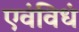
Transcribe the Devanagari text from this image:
एवंविधं